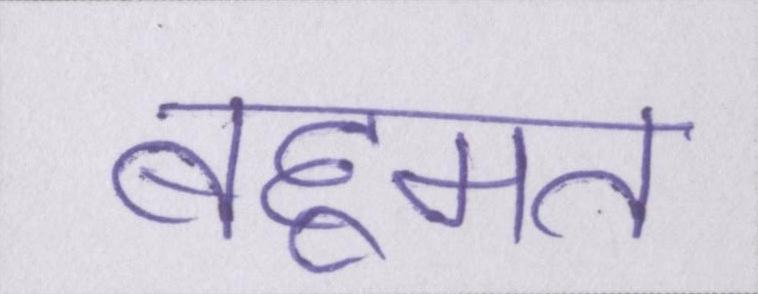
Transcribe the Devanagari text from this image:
बहूमत